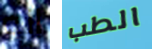
انه الطب